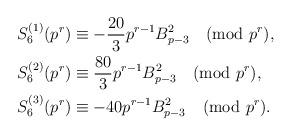
LaTeX: \begin{align*}S_{6}^{(1)}({{p}^{r}}) &\equiv -\frac{20}{3}p^{r-1}B_{p-3}^2 \pmod{p^r}, \\S_{6}^{(2)}({{p}^{r}})& \equiv \frac{80}{3}p^{r-1}B_{p-3}^2 \pmod{p^r}, \\S_{6}^{(3)}({{p}^{r}})&\equiv -40p^{r-1}B_{p-3}^2 \pmod{p^r}.\end{align*}